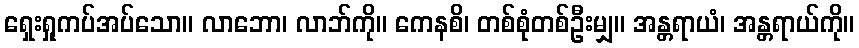
ရှေးရှုကပ်အပ်သော။ လာဘော၊ လာဘ်ကို။ ကေနစိ၊ တစ်စုံတစ်ဦးမျှ။ အန္တရာယံ၊ အန္တရာယ်ကို။